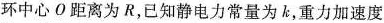
环中心O距离为R，已知静电力常量为k，重力加速度